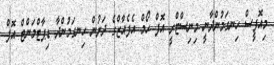
މިއޮފީސް ހިނގަމުންދާނީ މިނިސްޓްރީ އޮފް ހޯމް އެފެއާޒްގެ ދަށުން ހިނގަމުންދާ ޑިޕާޓްމަންޓް އޮފް